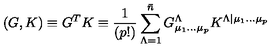
\left( G , K \right) \equiv G ^ { T } K \equiv { \frac { 1 } { ( p ! ) } } \sum _ { \Lambda = 1 } ^ { \bar { n } } G _ { \mu _ { 1 } \dots \mu _ { p } } ^ { \Lambda } K ^ { \Lambda \vert \mu _ { 1 } \dots \mu _ { p } }